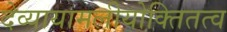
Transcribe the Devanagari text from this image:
देव्यायामलीयोक्तितत्व